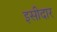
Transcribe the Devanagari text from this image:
इसीदार